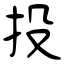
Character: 投